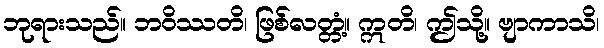
ဘုရားသည်။ ဘဝိဿတိ၊ ဖြစ်လတ္တံ့။ ဣတိ၊ ဤသို့။ ဗျာကာသိ၊